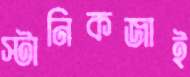
স্টানিকজাই